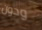
ودون